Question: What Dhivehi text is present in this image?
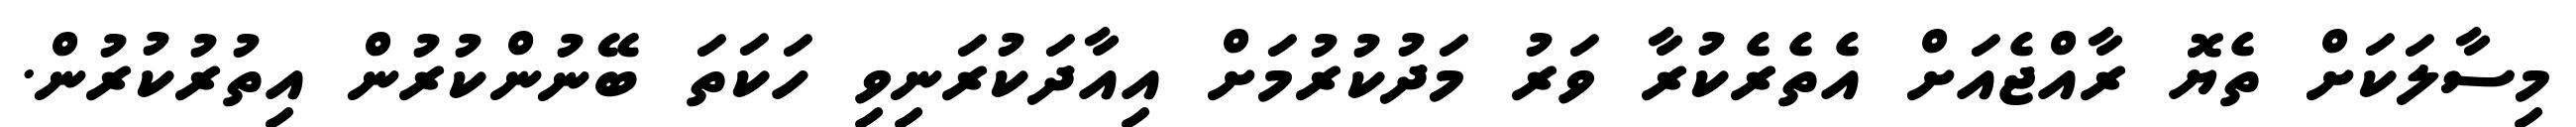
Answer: މިސާލަކަށް ތެޔޮ ރާއްޖެއަށް އެތެރެކުރާ ވަރު މަދުކުރުމަށް އިއާދަކުރަނިވި ހަކަތަ ބޭނުންކުރުން އިތުރުކުރުން.